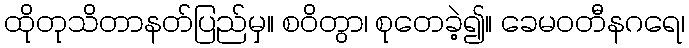
ထိုတုသိတာနတ်ပြည်မှ။ စဝိတွာ၊ စုတေခဲ့၍။ ခေမဝတီနဂရေ၊